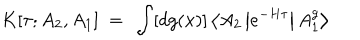
LaTeX: K [ \tau ; A _ { 2 } , A _ { 1 } ] ~ = ~ \int [ d g ( x ) ] \left< A _ { 2 } \left| e ^ { - H \tau } \right| A _ { 1 } ^ { g } \right>